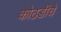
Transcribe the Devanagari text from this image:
कोठडीचे